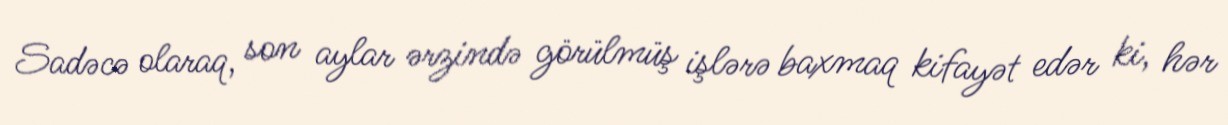
Sadəcə olaraq, son aylar ərzində görülmüş işlərə baxmaq kifayət edər ki, hər